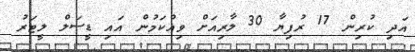
އަދި ކުރިން 17 ރުފިޔާ 30 ލާރިއަށް ވިއްކަމުން އައި ޑީސަލް ލީޓަރު